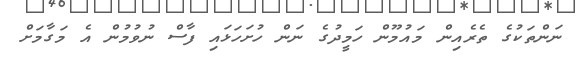
ނަންތަކުގެ ތެރެއިން މައުމޫން ހަމީދުގެ ނަން ހުށަހަޅައި ފާސް ނުވުމުން އެ މަގާމަށް